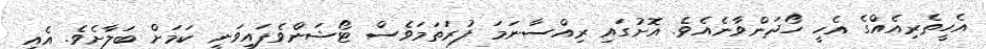
އެހީތެރިއެއްގެ އެހީ ހޯދަންވާނެއެވެ. އޮށުގައި ރިއްސާނަމަ ފުރަތަމަވެސް ޓޯޝަންވެފައިވަނީ ކަމަށް ބަލާށެވެ. އެއީ